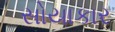
સોયાકાર